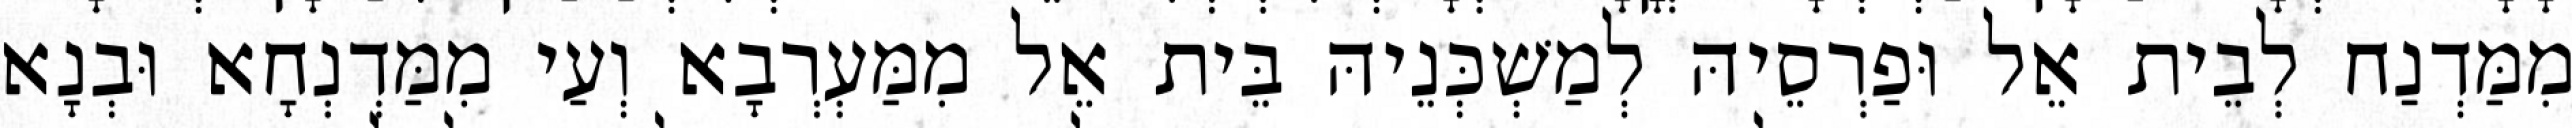
מִמַּדְנַח לְבֵית אֵל וּפַרְסֵיהּ לְמַשְׁכְּנֵיהּ בֵּית אֵל מִמַּעְרְבָא וְעַי מִמַּדְנְחָא וּבְנָא